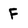
Character: F